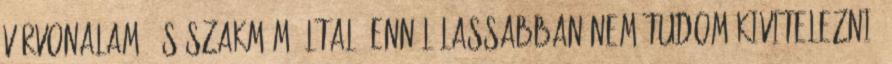
vérvonalam, és szakmám által, ennél lassabban nem tudom kivitelezni.